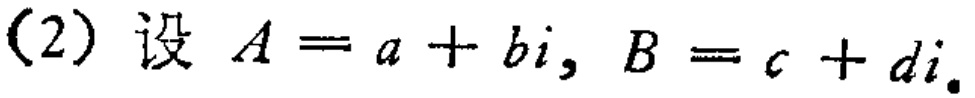
(2) 设 \(A = a + bi, B = c + di\)。